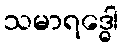
သမာရဒ္ဓေါ